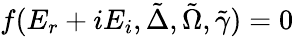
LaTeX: f(E_{r}+iE_{i},\tilde{\Delta},\tilde{\Omega},\tilde{\gamma})=0